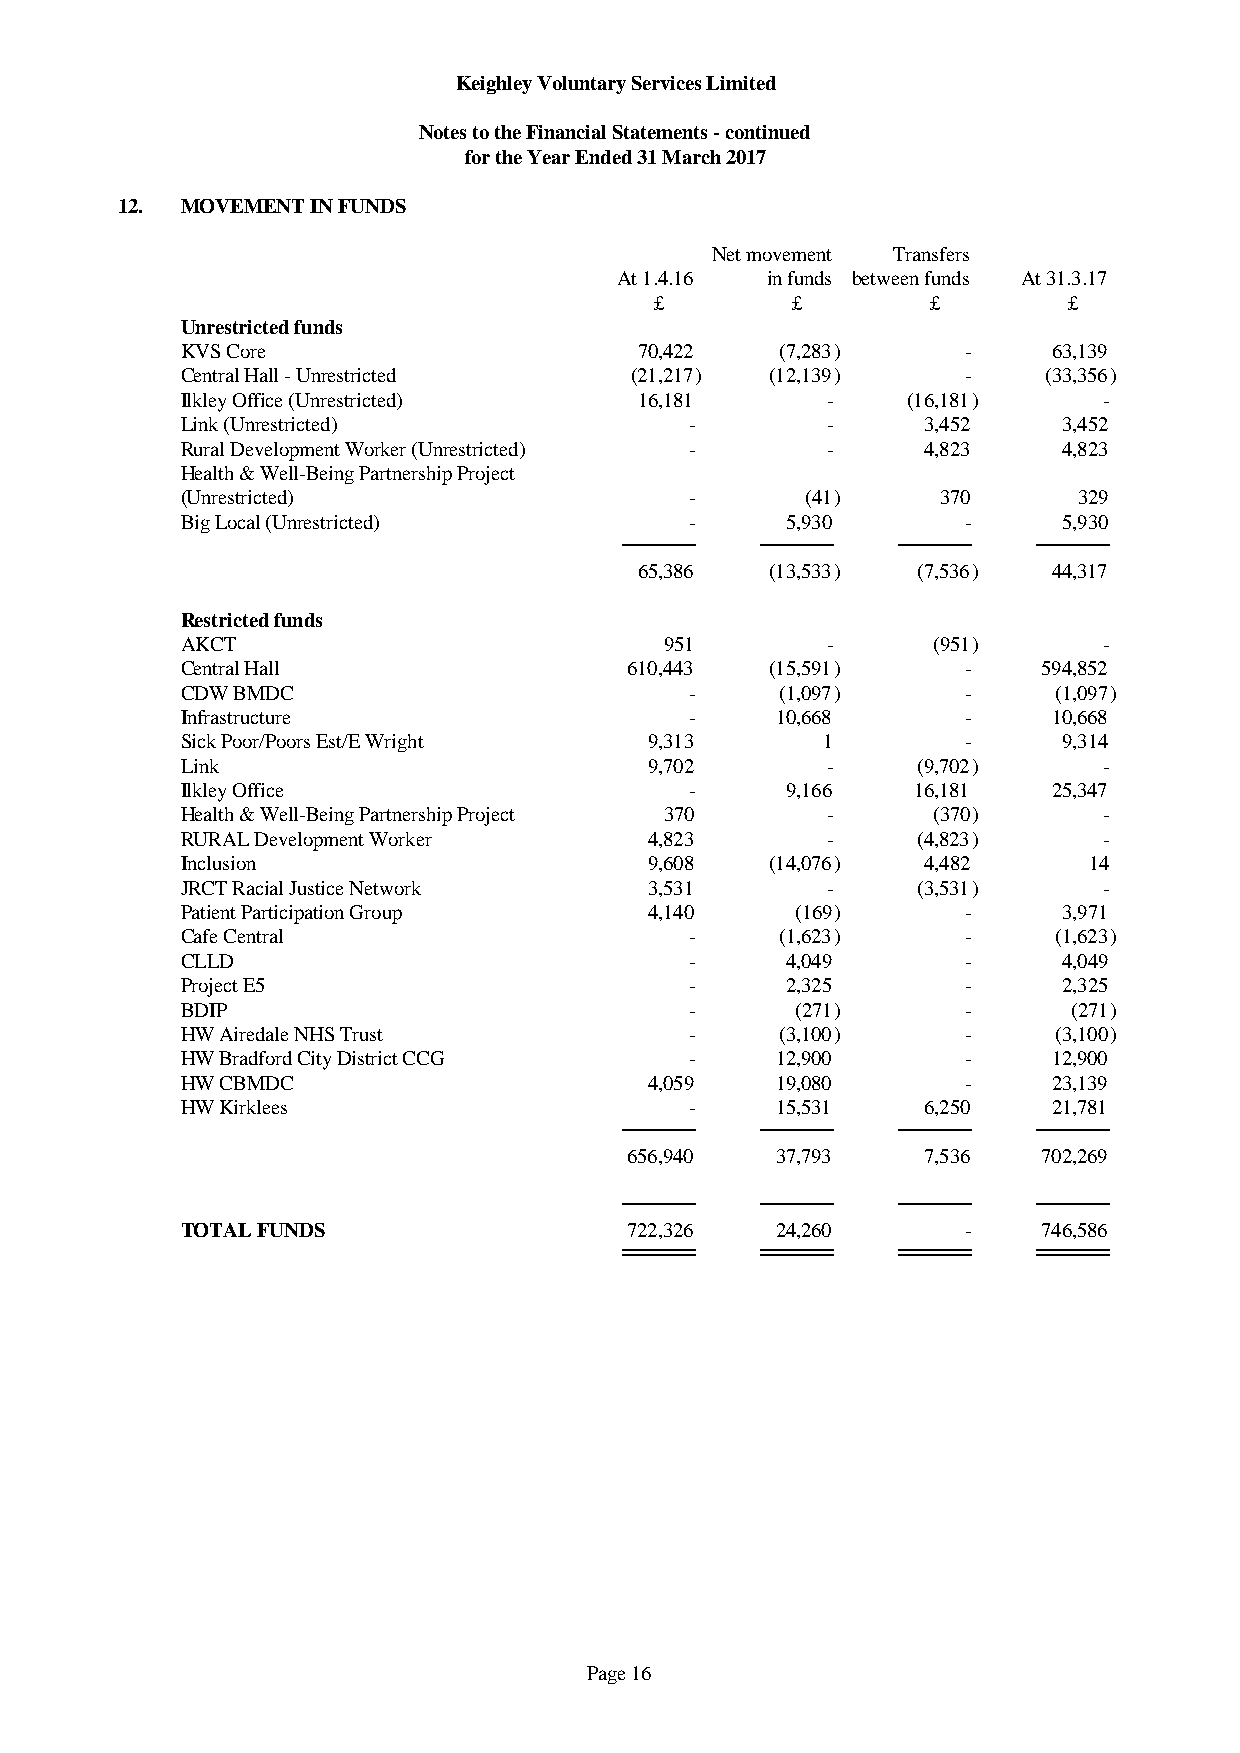
Keighley Voluntary Services Limited
 Notes to the Financial Statements - continued
 for the Year Ended 31 March 2017
 12. MOVEMENT IN FUNDS
 Net movement Transfers
 At 1.4.16 in funds between funds At 31.3.17
 £        £         £        £
 Unrestricted funds
 KVS Core                      70,422    (7,283)     -     63,139
 Central Hall - Unrestricted   (21,217) (12,139)     -    (33,356)
 Ilkley Office (Unrestricted)  16,181       -    (16,181)     -
 Link (Unrestricted)               -        -     3,452    3,452
 Rural Development Worker (Unrestricted) -  -     4,823    4,823
 Health & Well-Being Partnership Project
 (Unrestricted)                    -      (41)     370      329
 Big Local (Unrestricted)          -     5,930       -     5,930
 65,386   (13,533)  (7,536)  44,317
 Restricted funds
 AKCT                            951        -      (951)      -
 Central Hall                  610,443  (15,591)     -    594,852
 CDW BMDC                          -     (1,097)     -     (1,097)
 Infrastructure                    -    10,668       -     10,668
 Sick Poor/Poors Est/E Wright   9,313      1         -     9,314
 Link                           9,702       -     (9,702)     -
 Ilkley Office                     -     9,166   16,181    25,347
 Health & Well-Being Partnership Project 370 -     (370)      -
 RURAL Development Worker       4,823       -     (4,823)     -
 Inclusion                      9,608   (14,076)  4,482      14
 JRCT Racial Justice Network    3,531       -     (3,531)     -
 Patient Participation Group    4,140     (169)      -     3,971
 Cafe Central                      -     (1,623)     -     (1,623)
 CLLD                              -     4,049       -     4,049
 Project E5                        -     2,325       -     2,325
 BDIP                              -      (271)      -      (271)
 HW Airedale NHS Trust             -     (3,100)     -     (3,100)
 HW Bradford City District CCG     -    12,900       -     12,900
 HW CBMDC                       4,059   19,080       -     23,139
 HW Kirklees                       -    15,531    6,250    21,781
 656,940  37,793    7,536   702,269
 TOTAL FUNDS                   722,326  24,260       -    746,586
 Page 16